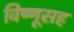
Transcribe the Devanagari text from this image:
विष्णूसह